Statistical return of the lunatic asylum in Assam - 1912-1932
Year: 1912
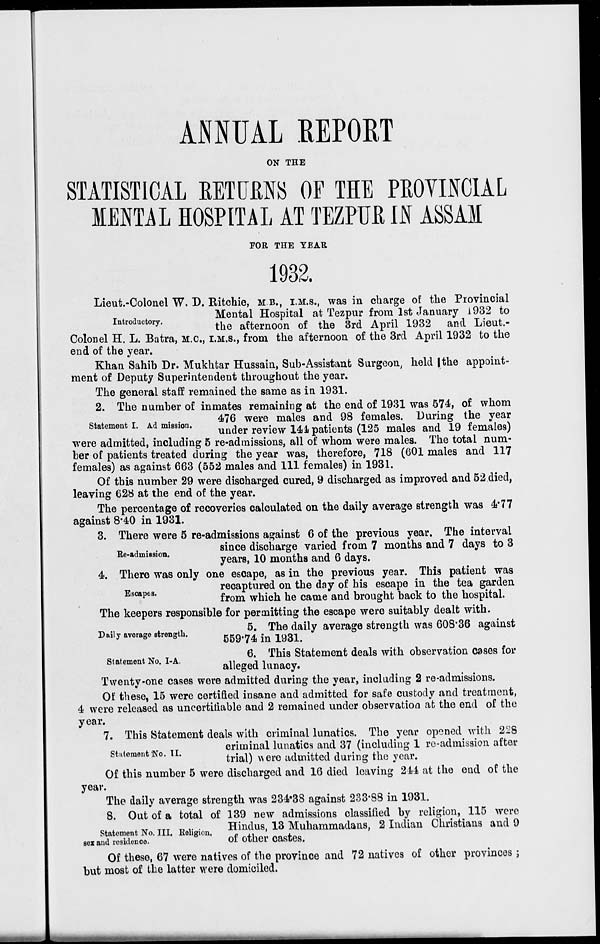
ANNUAL REPORT
ON THE
STATISTICAL EETUMS OF THE PROVINCIAL
MENTiL HOSPITAL AT TEZPUfi IN ASSAM
FOR THE TEAR
1932.
Lieut.-Colonel W. D. Ritchie, MB., I.M.S., was in charge of the Provincial
Mental Hospital at Tezpur from 1st January 1932 to
Introductory.
^ aftem00n of the 3rd April 1932
am l Lieut.-
Colonel H. L. Batra, M.c, I.M.S., from the afternoon of the 3rd April 1932 to the
end of the year.
Khan Sahib Dr. Mukhtar Hussain, Sub-Assistant Surgeon, held |the appoint-
ment of Deputy Superintendent throughout the year.
The general staff remained the same as in 1931.
2. The number of inmates remaining at the end of 1931 was 574, of whom
ent
• •
^® were ma^es an( * 98 females. During the year
under review 144 patients (125 males and 19 females)
were admitted, including 5 re-ad missions, all of whom were males. The total num-
ber of patients treated during the year was, therefore, 718 (601 males and 117
females) as against 663 (552 males and 111 females) in 1931.
Of this number 29 were discharged cured, 9 discharged as improved and 52 died,
leaving 628 at the end of the year.
The percentage of recoveries calculated on the daily average strength was 4*77
against 8*40 in 1931.
3. There were 5 re-admissions against 6 of the previous year. The interval
„ , . .
since discharge varied from 7 months and 7 days to 3
Re-adini8sion.
I/\J.VJ/»J
years, 10 months and 6 days.
4. There was only one escape, as in the previous year. This patient was
recaptured on the day of his escape in the tea garden
scapes '
from which he came and brought back to the hospital.
The keepers responsible for permitting the escape were suitably dealt with.
5. The daily average strength was 608*36 against
559-74 in 1931.
6. This Statement deals with observation cases for
alleged lunacy.
Twenty-one cases were admitted during the year, including 2 re-admissions.
Of these, 15 were certified insane and admitted for safe custody and treatment,
4 were released as uneertiliable and 2 remained under observation at the end of the
year.
7. This Statement deals with criminal lunatics. The year opened with 228
criminal lunatics and 37 (including 1 rc-admission after
trial) \A ere admitted during the year.
Of this number 5 were discharged and 16 died leaving 241 at the end of the
year.
The daily average strength was 234*38 against 233-88 in 1931.
8. Out of a total of 139 new admissions classified by religion, 115 were
Hindus, 13 Muhammadans, 2 Indian Christians and 9
of other castes.
Daily average strength.
Statement No. I-A.
Statement No. II.
Statement No. III. Religion,
sex and residence.
Of these, 67 were natives of the province and 72 natives of other provinces ;
but most of the latter were domiciled.